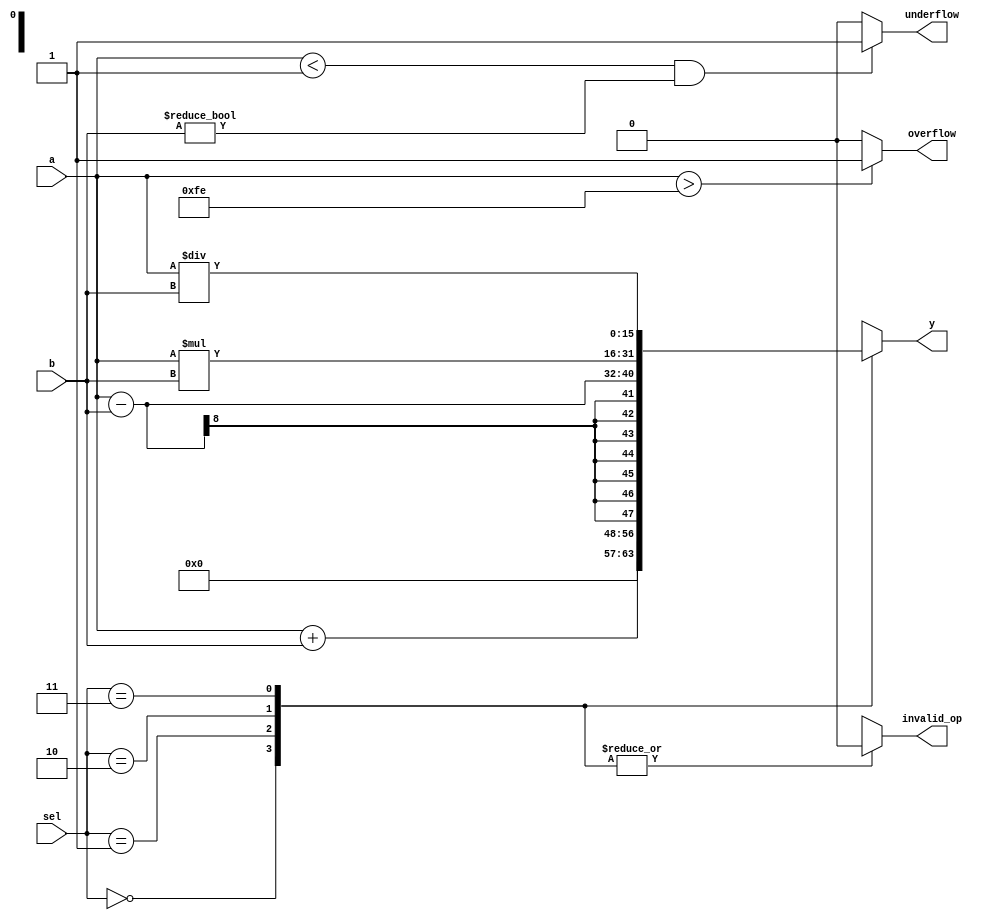
module FPU(a, b, sel, y,overflow ,underflow ,invalid_op);
  input [7:0] a, b;
  input [1:0] sel;
  output reg [15:0] y;
  output reg overflow ,underflow ,invalid_op;
  initial begin
    overflow = 0;
    underflow = 0;
    invalid_op = 0;
  end
  parameter MAX_EXP = 8'hFE;
  parameter MIN_EXP = 8'h01;
  
  always @(*) begin
    overflow = 0;
    underflow = 0;
    invalid_op = 0;
    case(sel) 
      2'b00:y = a+b;
      2'b01:y = a-b;
      2'b10:y = a*b;
      2'b11:y = a/b;
      default: begin y = 0;invalid_op = 1;end
    endcase
    if( a > MAX_EXP) begin
      overflow = 1;
    end else begin
      overflow = 0;
    end
    if( a < MIN_EXP && b != 0) begin
        underflow = 1;
      end else begin
        underflow = 0;
      end
  end
  
  
endmodule